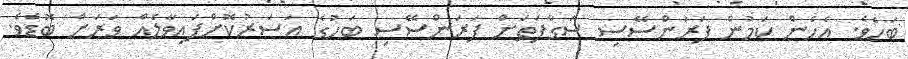
ބަހެވެ. އެހެން ކަމުން ފަރަންސޭސި ސަގާފަތަށް ފަރަންސޭސި ބަހުގެ އަސަރުކޮށްފައިވާލެއް ވަރަށް ބޮޑެވެ.